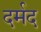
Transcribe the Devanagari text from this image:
दर्मद